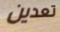
تعدين